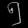
Digit: ၅